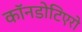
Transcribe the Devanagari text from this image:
कॉनडोटिएरो